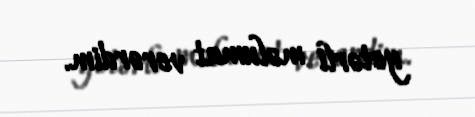
yetərli məlumat verərdim.